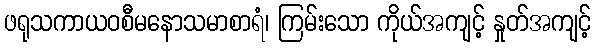
ဖရုသကာယဝစီမနောသမာစာရံ၊ ကြမ်းသော ကိုယ်အကျင့် နှုတ်အကျင့်